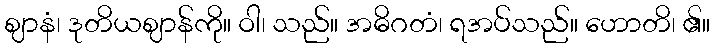
ဈာနံ၊ ဒုတိယဈာန်ကို။ ဝါ၊ သည်။ အဓိဂတံ၊ ရအပ်သည်။ ဟောတိ၊ ၏။